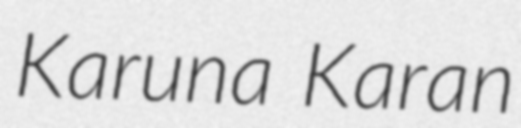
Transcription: Karuna Karan